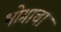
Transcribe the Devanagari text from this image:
भोगाचा